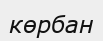
көрбан